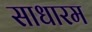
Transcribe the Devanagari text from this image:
साधारम